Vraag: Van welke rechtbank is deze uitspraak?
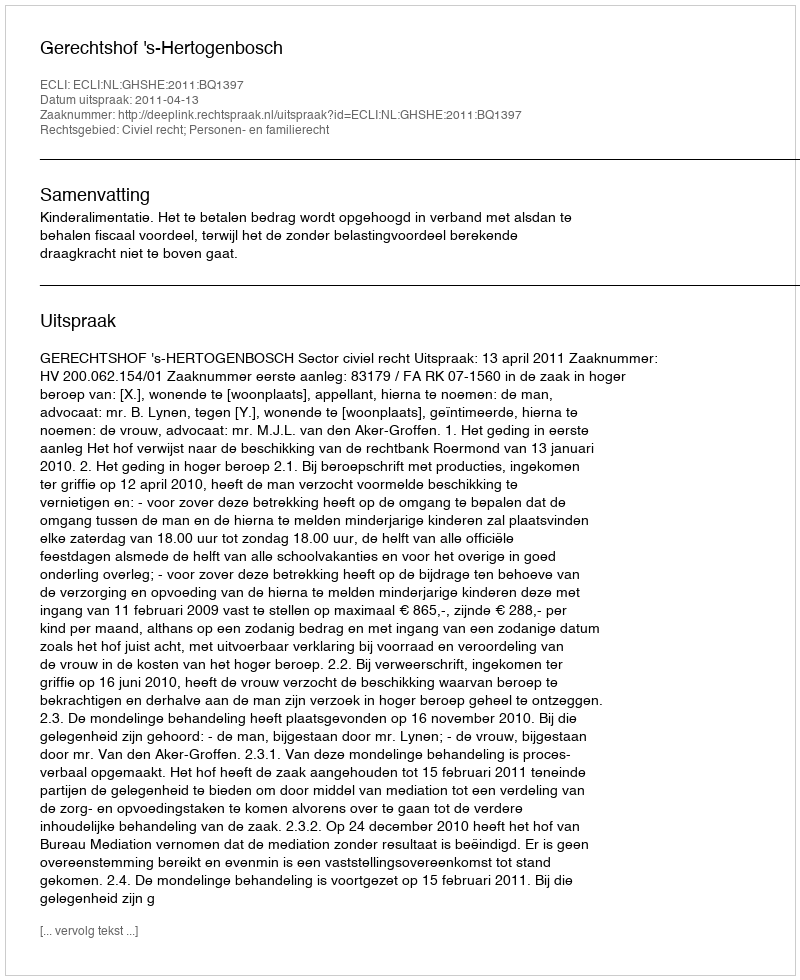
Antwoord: Gerechtshof 's-Hertogenbosch